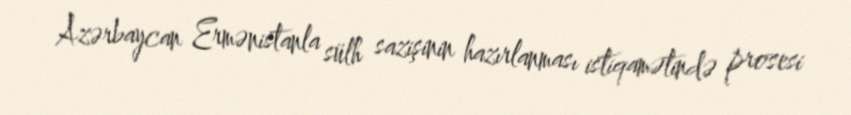
Azərbaycan Ermənistanla sülh sazişinin hazırlanması istiqamətində prosesi